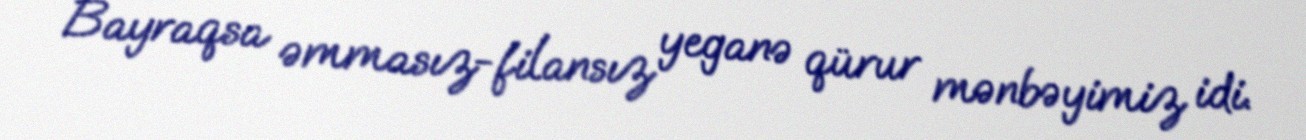
Bayraqsa əmmasız-filansız yeganə qürur mənbəyimiz idi.